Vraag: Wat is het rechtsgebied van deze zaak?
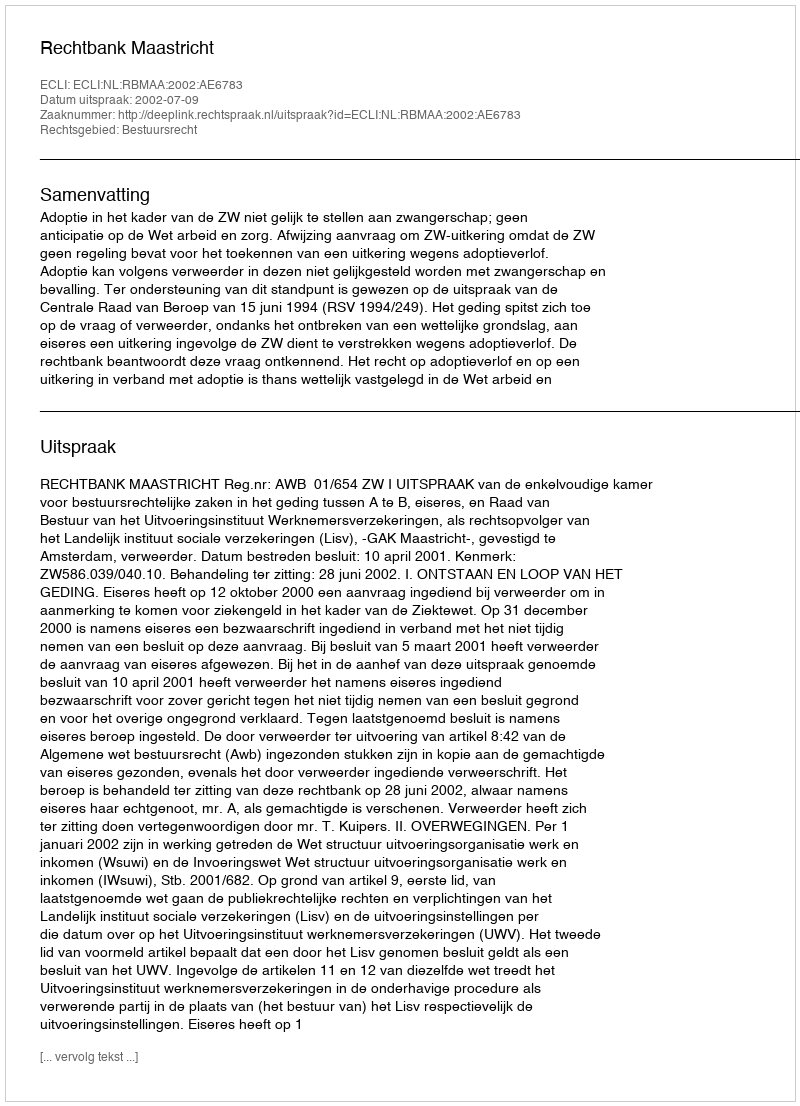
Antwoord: Bestuursrecht